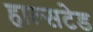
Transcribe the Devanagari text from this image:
हाल्सटेड